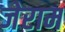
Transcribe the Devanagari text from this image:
जेराम